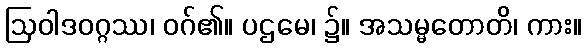
ဩဝါဒဝဂ္ဂဿ၊ ဝဂ်၏။ ပဌမေ၊ ၌။ အသမ္မတောတိ၊ ကား။